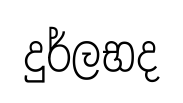
දුර්ලභද